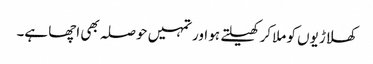
کھلاڑیوں کو ملا کر کھیلتے ہو اور تمہیں حوصلہ بھی اچھا ہے۔